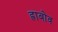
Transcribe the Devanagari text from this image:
ह्राबोव